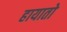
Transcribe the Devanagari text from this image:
हायातो